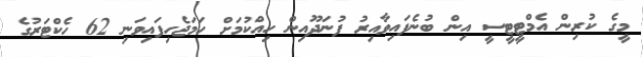
މީގެ ކުރިން އެމްޓީޓީސީ އިން ބުނެފައިވާއިރު ފުނަދޫއިން ހިއްކުމަށް ހަމަޖެހިފައިވަނި 62 ހެކްޓަރުގެ